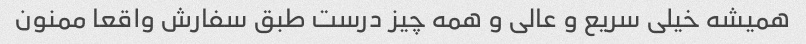
همیشه خیلی سریع و عالی و همه چیز درست طبق سفارش واقعا ممنون